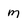
Character: m